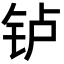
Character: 𬬻